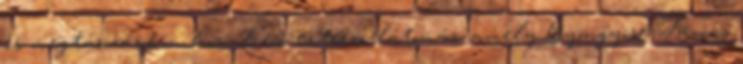
és megtározásokon kívül eső extrém látomás, amely Gyöngyösi Tamás